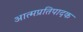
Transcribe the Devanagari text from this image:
आत्मप्रतिपादक